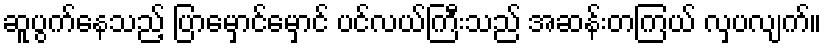
ဆူပွက်နေသည့် ပြာမှောင်မှောင် ပင်လယ်ကြီးသည် အဆန်းတကြယ် လှပလျက်။